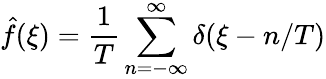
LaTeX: \hat{f}(\xi)=\frac{1}{T}\sum_{n=-\infty}^{\infty}\delta(\xi-n/T)